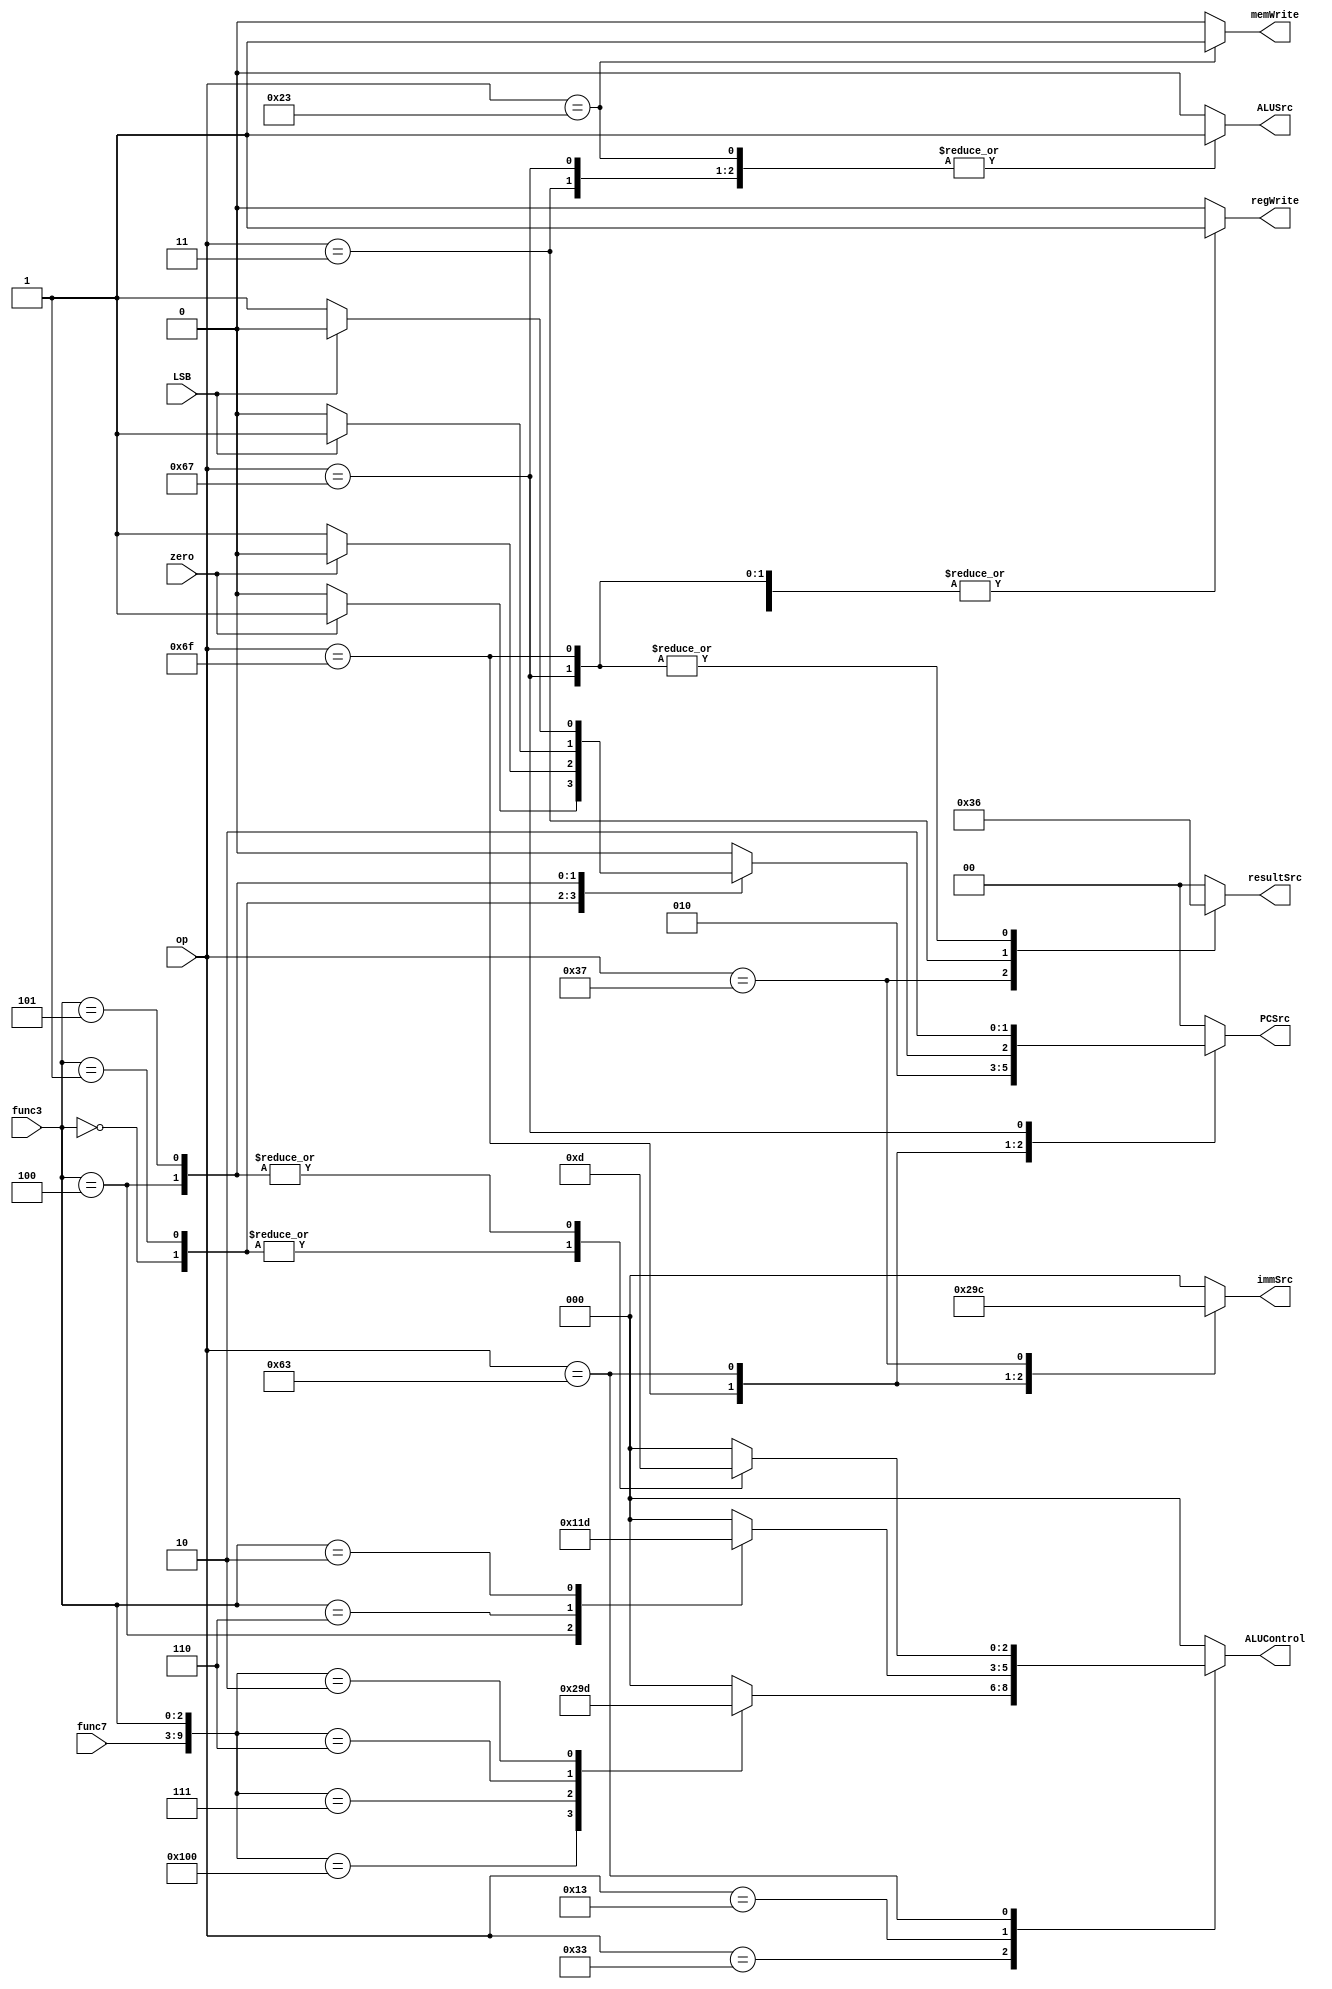
module controller(op, func3, func7, zero, LSB, PCSrc, resultSrc, memWrite, ALUControl, ALUSrc, immSrc, regWrite);
	input[6:0] op, func7;
	input[2:0] func3;
	input zero, LSB;
	output reg[2:0] ALUControl, immSrc;
	output reg[1:0] PCSrc, resultSrc;
	output reg memWrite, ALUSrc, regWrite;
	parameter[6:0] RTYPE = 7'b0110011, ITYPE = 7'b0010011, STYPE = 7'b0100011, JTYPE = 7'b1101111,
		 BTYPE = 7'b1100011, UTYPE = 7'b0110111, LWTYPE = 7'b0000011, JALRTYPE = 7'b1100111;
	parameter[9:0] ADD = 10'b0000000000, SUB = 10'b0100000000, AND = 10'b0000000111, OR = 10'b0000000110, SLT = 10'b0000000010;
	parameter[2:0] LW = 3'b010, ADDI = 3'b000, XORI = 3'b100, ORI = 3'b110, SLTI = 3'b010, JALR = 3'b000, 
			SW = 3'b010,
			BEQ = 3'b000, BNE = 3'b001, BLT = 3'b100, BGE = 3'b101;

	always@(op, func3, func7, zero, LSB)
	begin
		{ALUControl, immSrc, PCSrc, resultSrc, memWrite, ALUSrc, regWrite} = 13'b0;
		case(op)
			RTYPE:
			begin
				{PCSrc, resultSrc, memWrite, ALUSrc, regWrite} = 7'b0000001;
				case({func7, func3})
					ADD: ALUControl = 3'b000;
					SUB: ALUControl = 3'b001;
					AND: ALUControl = 3'b010;
					OR: ALUControl = 3'b011;
					SLT: ALUControl = 3'b101;
				endcase
			end
			ITYPE:
			begin
				{PCSrc, resultSrc, memWrite, ALUSrc, immSrc, regWrite} = 10'b0000010001;
				case(func3)
					ADDI: ALUControl = 3'b000;
					XORI: ALUControl = 3'b100;
					ORI: ALUControl = 3'b011;
					SLTI: ALUControl = 3'b101;
				endcase
			end
			STYPE: {PCSrc, memWrite, ALUControl, ALUSrc, immSrc, regWrite} = 11'b00100010010;
			JTYPE: {PCSrc, resultSrc, memWrite, immSrc, regWrite} = 9'b011000101;
			BTYPE: 
			begin
				{memWrite, ALUSrc, immSrc, regWrite} = 6'b000110;
				case(func3)
					BEQ:
					begin
						ALUControl <= 3'b001;
						PCSrc <= zero ? 2'b01 : 2'b00;
					end
					BNE:
					begin
						ALUControl <= 3'b001;
						PCSrc <= zero ? 2'b00 : 2'b01;
					end
					BLT:
					begin
						ALUControl <= 3'b101;
						PCSrc <= LSB ? 2'b01 : 2'b00;
					end
					BGE:
					begin
						ALUControl <= 3'b101;
						PCSrc <= LSB ? 2'b00 : 2'b01;
					end
				endcase
			end
			UTYPE: {PCSrc, resultSrc, memWrite, immSrc, regWrite} = 9'b001101001;
			LWTYPE: {PCSrc, resultSrc, memWrite, ALUControl, ALUSrc, immSrc, regWrite} = 13'b0001000010001;
			JALRTYPE: {PCSrc, resultSrc, memWrite, ALUControl, ALUSrc, immSrc, regWrite} = 13'b1010000010001;

		endcase
	end
endmodule